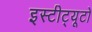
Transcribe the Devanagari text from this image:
इस्टीट्यूटो